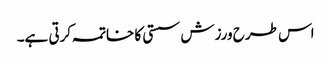
اس طرح ورزش سستی کا خاتمہ کرتی ہے۔